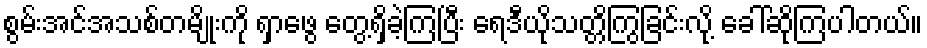
စွမ်းအင်အသစ်တမျိုးကို ရှာဖွေ တွေ့ရှိခဲ့ကြပြီး ရေဒီယိုသတ္တိကြွခြင်းလို့ ခေါ်ဆိုကြပါတယ်။